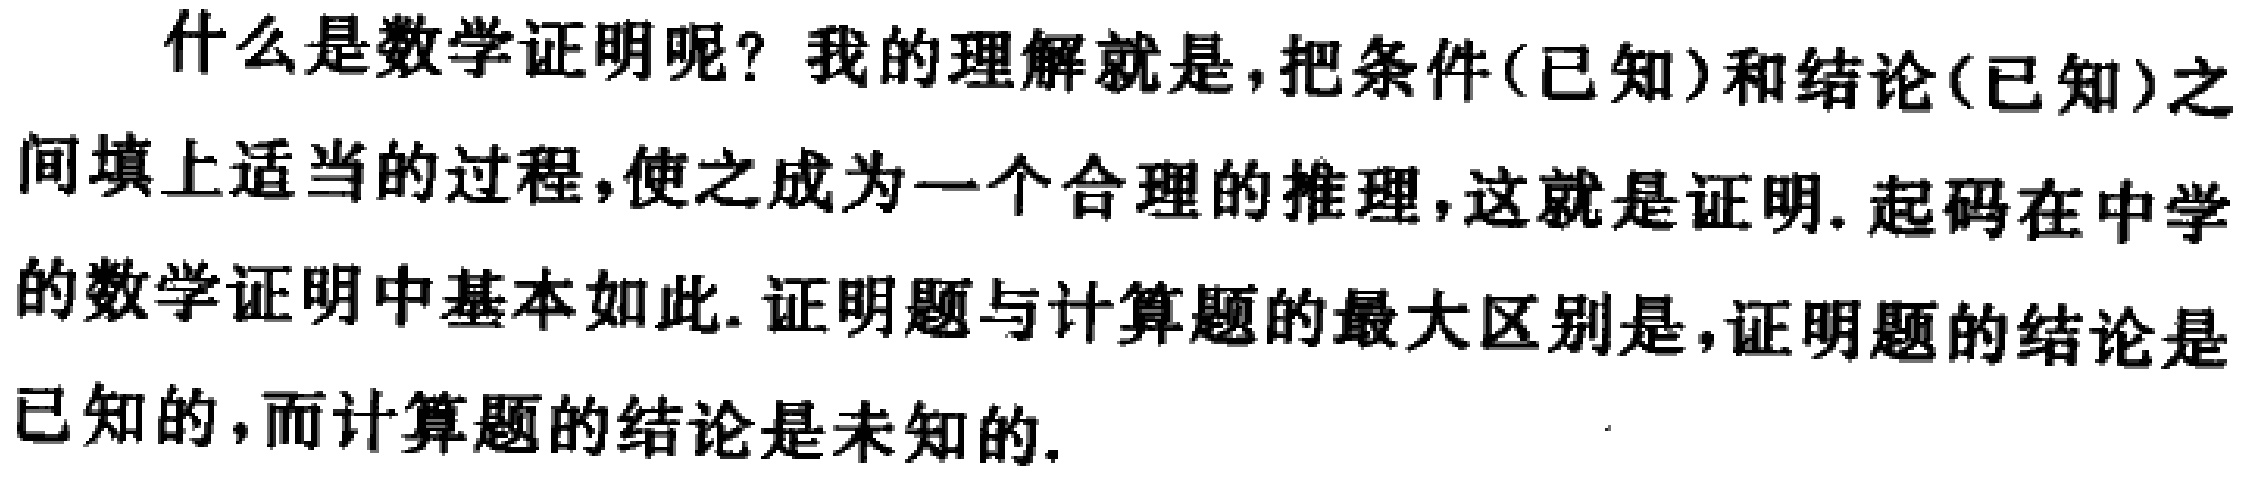
什么是数学证明呢？我的理解就是，把条件(已知)和结论(已知)之间填上适当的过程，使之成为一个合理的推理，这就是证明. 起码在中学的数学证明中基本如此. 证明题与计算题的最大区别是，证明题的结论是已知的，而计算题的结论是未知的.